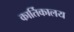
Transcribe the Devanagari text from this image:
कार्तिकालय